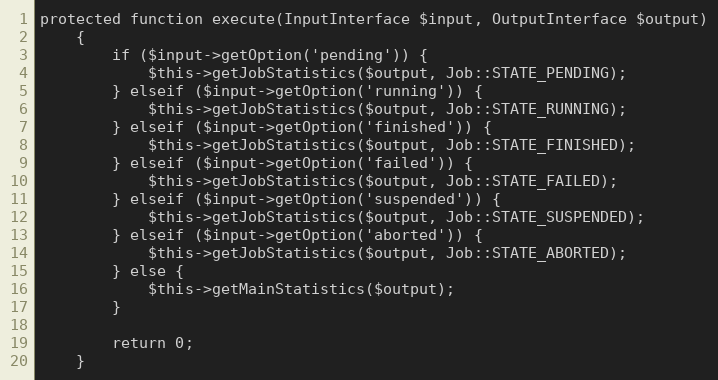
Language: PHP
protected function execute(InputInterface $input, OutputInterface $output)
    {
        if ($input->getOption('pending')) {
            $this->getJobStatistics($output, Job::STATE_PENDING);
        } elseif ($input->getOption('running')) {
            $this->getJobStatistics($output, Job::STATE_RUNNING);
        } elseif ($input->getOption('finished')) {
            $this->getJobStatistics($output, Job::STATE_FINISHED);
        } elseif ($input->getOption('failed')) {
            $this->getJobStatistics($output, Job::STATE_FAILED);
        } elseif ($input->getOption('suspended')) {
            $this->getJobStatistics($output, Job::STATE_SUSPENDED);
        } elseif ($input->getOption('aborted')) {
            $this->getJobStatistics($output, Job::STATE_ABORTED);
        } else {
            $this->getMainStatistics($output);
        }

        return 0;
    }